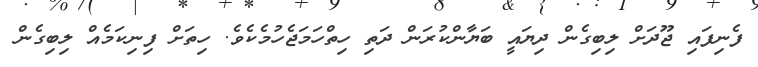
ފެނިފައި ޖޫދަށް ލިބިގެން ދިޔައީ ބަޔާންކުރަން ދަތި ހިތްހަމަޖެހުމެކެވެ. ހިތަށް ފިނިކަމެއް ލިބިގެން